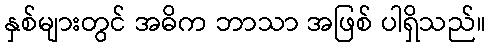
နှစ်များတွင် အဓိက ဘာသာ အဖြစ် ပါရှိသည်။